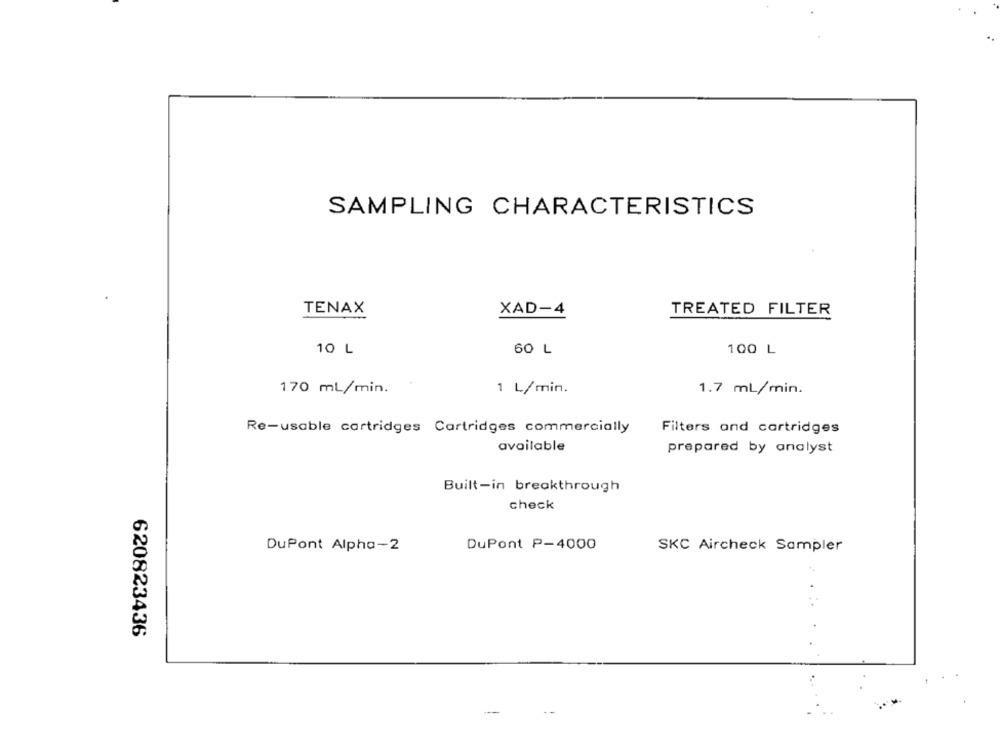
SAMPLING CHARACTERISTICS
TENAX
XAD-4
TREATED FILTER
10 L
60 L
100 L
170 ml/min.
1 L/min.
1.7 mL/min.
Re-usable cartridges Cartridges commercially
Filters and cartridges
available
prepared by analyst
Built-in breakthrough
check
DuPont Alpha-2
DuPont P-4000
SKC Aircheck Sampler
620823436